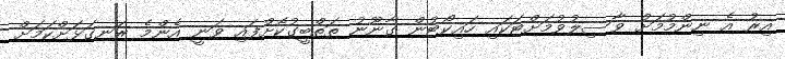
އިރު އެ ނިންމުމަށް ވާސިލުވުމަށްޓަކައި ހައިކޯޓުން ގާނޫނު ތަތްބީގުކޮށްފައި ވަނީ އެންމެ ރަނގަޅަށްކަމަށް